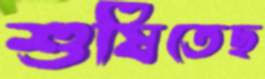
শুষিতেছ